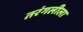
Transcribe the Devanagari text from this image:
तरंगलीला